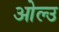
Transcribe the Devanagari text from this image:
ओल्‍उ